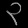
Digit: ၃